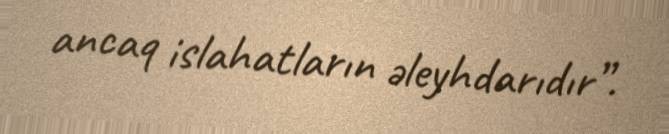
ancaq islahatların əleyhdarıdır”.